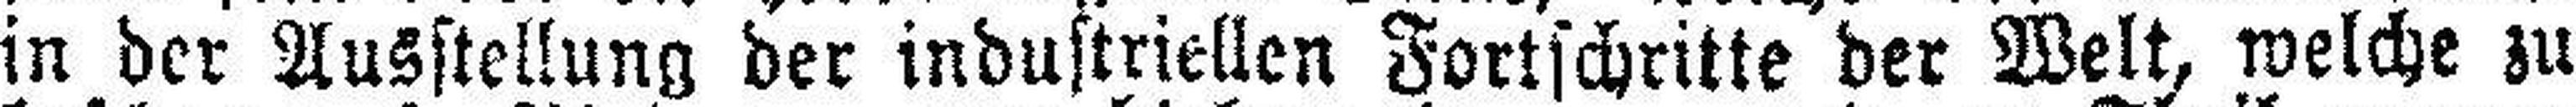
in der Ausstellung der industriellen Fortschritte der Welt, welche zu